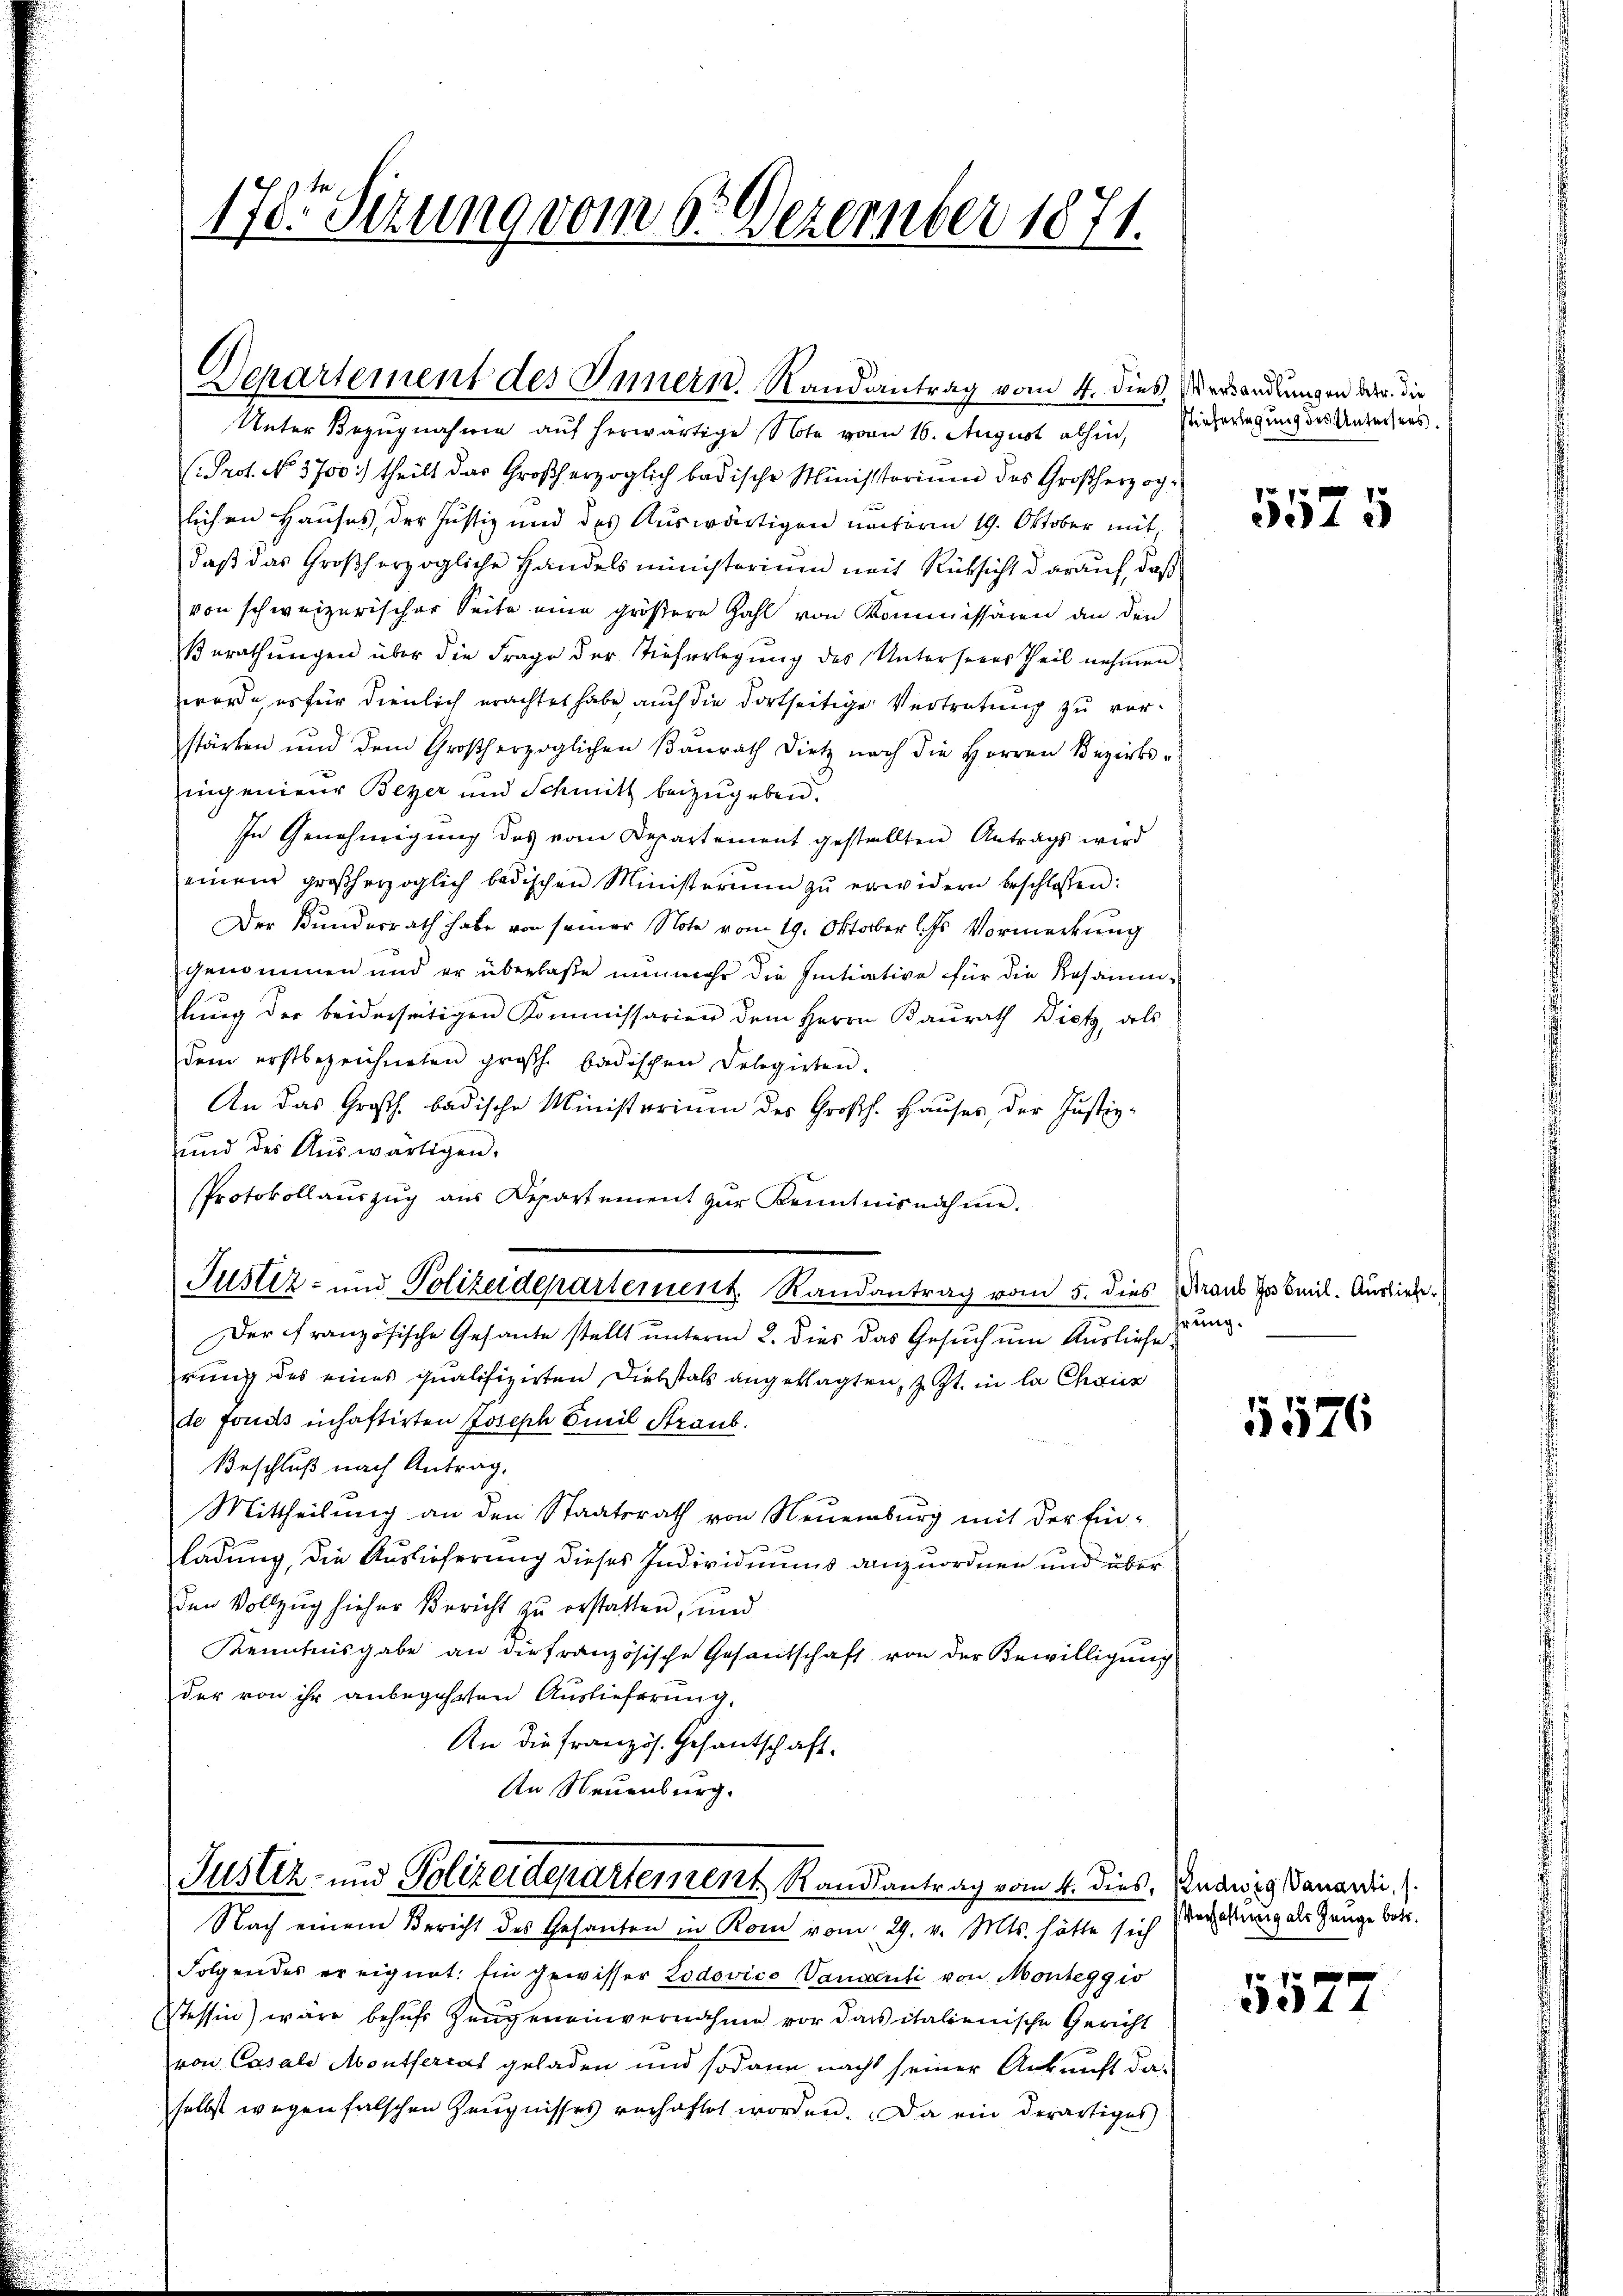
1783 Sizung vom 6. Dezember 1871.

Departement des Innern, Randantrag vom 4. dies Verandlungen der die

Unter Bezugnahme auf herwärtige Note von 16. August abhin, Zierregung des Anteisens
(Prot. No. 3700:) theilt das Großherzoglich badische Ministorium des Großherzog-
lichen Hauses, der Justiz und des Auswärtigen nachoren 19. Oktober mit,
daß das Großherzogliche Handelsministerium nach Rücksicht darauf, daß
von schweizerischer Seite eine größere Zahl von Kommissären an den
Berathungen über die Frage der Tieferlegung des Unterseens Theil nehmen
worde, es für dienlich erachtet habe, auch die dortseitige Vertretung zu vorstärken und dem Großherzoglichen Banrath Dietz nach die Herren Bezirks-
ingenieur Beyer und Schmitt beizugeben.
In Genehmigung des vom Departement gestellten Antrags wird
einem großherzoglich badischen Ministerium zŭ erwidern beschlossen:
Der Bundesrath habe von seiner Note vom 19. Oktober ds Vormerkung
genommen und er überlaße nunmehr die Initiative für die Resammlung der beiderseitigen Kommissarien dem Herrn Kaŭrath Dietz, als
dem erstbezeichneten großh. badischen Delegirten.
An das Großh. badische Ministerium des Großh. Hauses, der Justiz-
und des Aŭswärtigen.
Protokollauszug aus Departement zur Kenntnisnahme.
Justiz- und Polizeidepartement. Randantrag vom 5. dies raus zu mil. Ausliebe
Der französische Gesante stellt unterm 2. dies das Gesuch um Auslieferung des eines qualifizierten Diebstals angeklagten, z. Zt. in la Chaiz
de fonds inhaftirten Joseph Emil Straub.
Beschluß nach Antrag.
Mittheilŭng an den Staatsrath von Neuenburg mit der Ein-
ladung, die Auslieferung dieses Individuums anzuordnen und über
den Vollzug hieher Bericht zu erstatten, und
Kenntnisgabe an die französische Gesantschaft von der Bewilligung
der von ihr anbegehrten Auslieferung
An die französ. Gesandschaft.
An Neuenburg.

Nach einem Bericht des Gesanten in Rom vom 29. v. Mts. hätte sich
Folgendes er eignet. Ein gewisser Lodovico Vandanti von Monteggio
Stessin wäre behufs Zeugeneinvernahme vor das italienische Gericht
von Casale Montherrat geladen und sodann nacht seiner Ankunft da-
selbst wegen falschen Zeugnisses verhaftet worden. Da ein derartiges

Justiz- und Polizeidepartement Randantrag vom 4. Dies, Budwig Danardi.

5575

hrung.

5576

Verhaltung als Zeuge betr.

8 x
d ad 44